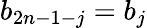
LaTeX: b_{2n-1-j}=b_{j}